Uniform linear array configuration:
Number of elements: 64
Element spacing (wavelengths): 0.25
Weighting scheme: exponential
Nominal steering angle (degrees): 60
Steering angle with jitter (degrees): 59.727
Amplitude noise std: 0.05
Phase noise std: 0.05

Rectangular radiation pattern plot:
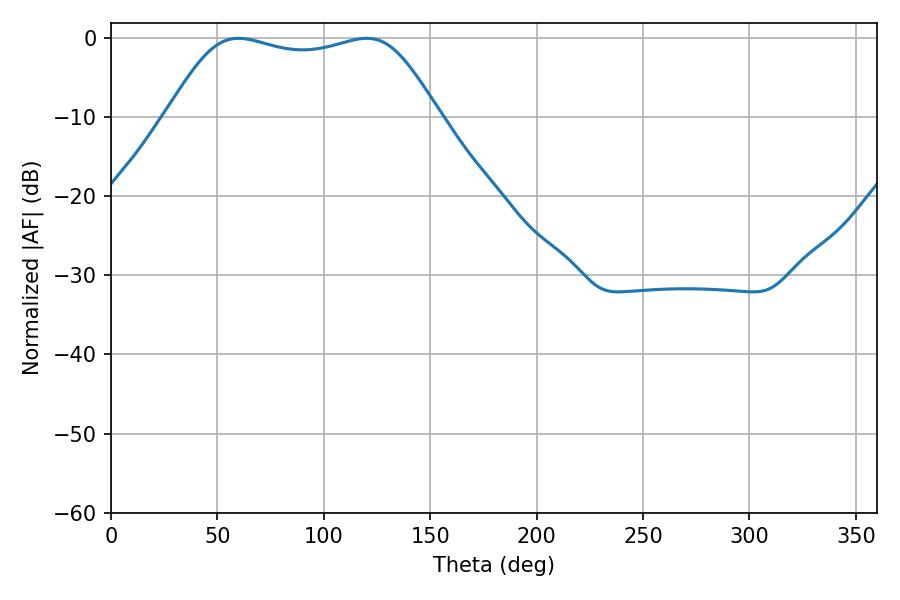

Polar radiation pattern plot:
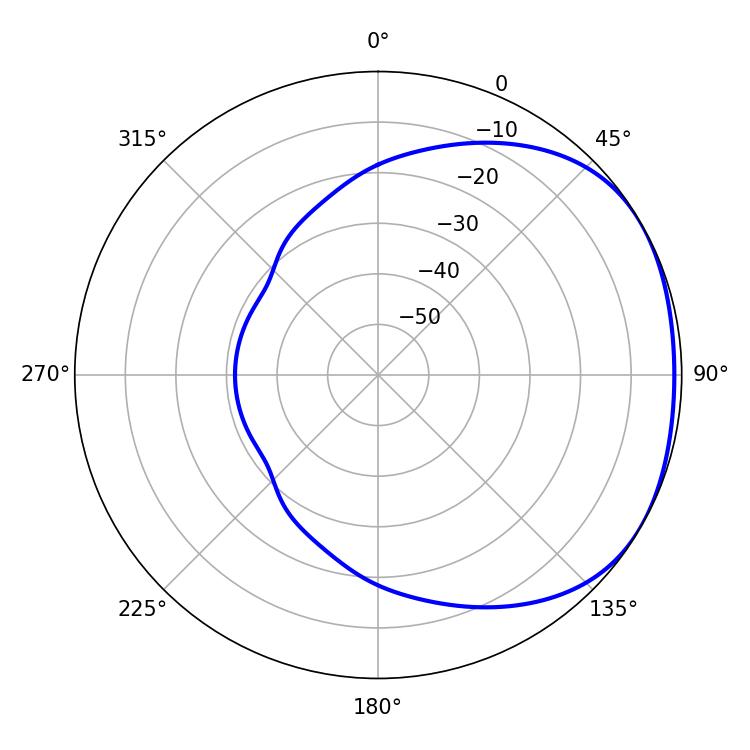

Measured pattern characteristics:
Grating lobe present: FALSE
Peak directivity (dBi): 1.714
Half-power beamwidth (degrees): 97.2
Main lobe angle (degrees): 59.76